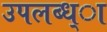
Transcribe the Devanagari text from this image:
उपलब्ध्ा